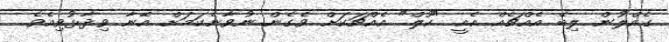
ގެއްލުން ލިބޭ އެއްޗެއް އެއީ "ކޫލް" އެއްޗަކަށް ވެގެން ނުވާނެކަމަށް އޭނާ ވިދާޅުވިއެވެ.